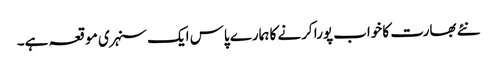
نئے بھارت کا خواب پورا کرنے کا ہمارے پاس ایک سنہری موقعہ ہے۔